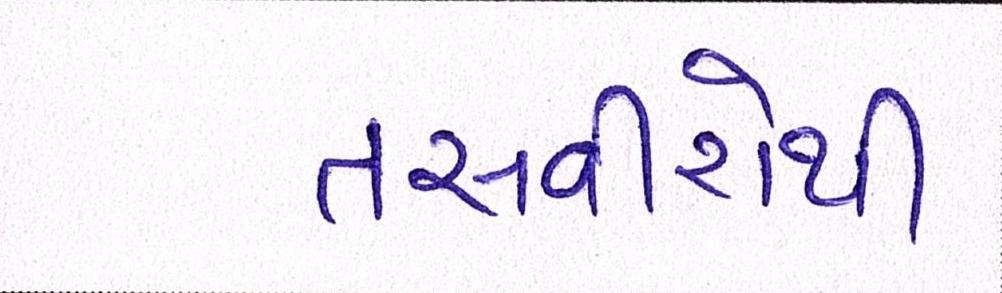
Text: તસવીરોથી